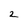
Character: 2